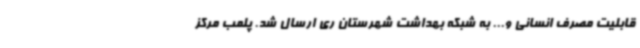
قابلیت مصرف انسانی و... به شبکه بهداشت شهرستان ری ارسال شد. پلمب مرکز